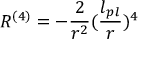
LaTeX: R ^ { ( 4 ) } = - { \frac { 2 } { r ^ { 2 } } } ( { \frac { l _ { p l } } { r } } ) ^ { 4 }